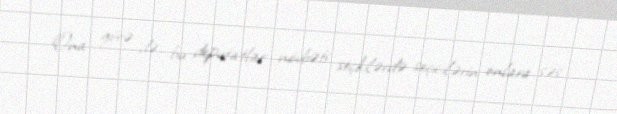
Ona görə də, bu deputatlar növbəti seçkilərdə seçicilərin onlara səs